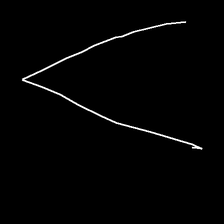
Glyph: region